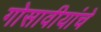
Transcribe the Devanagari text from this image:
गोसावीयांचे